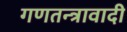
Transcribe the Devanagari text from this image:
गणतन्त्रावादी